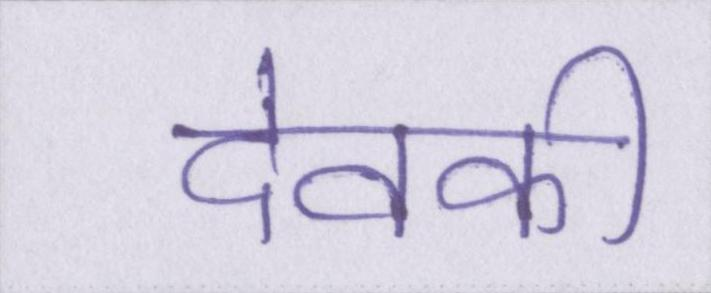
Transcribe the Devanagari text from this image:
देवकी